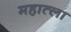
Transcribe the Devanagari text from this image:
महात्ला